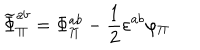
LaTeX: \widetilde { \Phi } _ { \Pi } ^ { a b } = \Phi _ { \Pi } ^ { a b } - \frac { 1 } { 2 } \varepsilon ^ { a b } \varphi _ { \Pi }